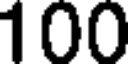
100